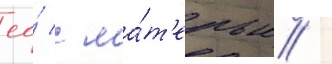
ео́ с ма́т'ерью /